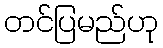
တင်ပြမည်ဟု